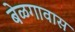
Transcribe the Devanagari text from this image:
बेळगावास